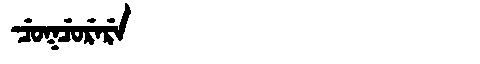
Manchu: ᠴᡠᡴᠴᡠᡵᡝᡵᡝ
Romanization: CUKCURERE